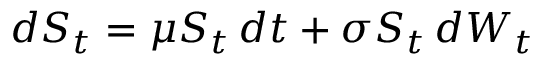
d S _ { t } = \mu S _ { t } \, d t + \sigma S _ { t } \, d W _ { t }